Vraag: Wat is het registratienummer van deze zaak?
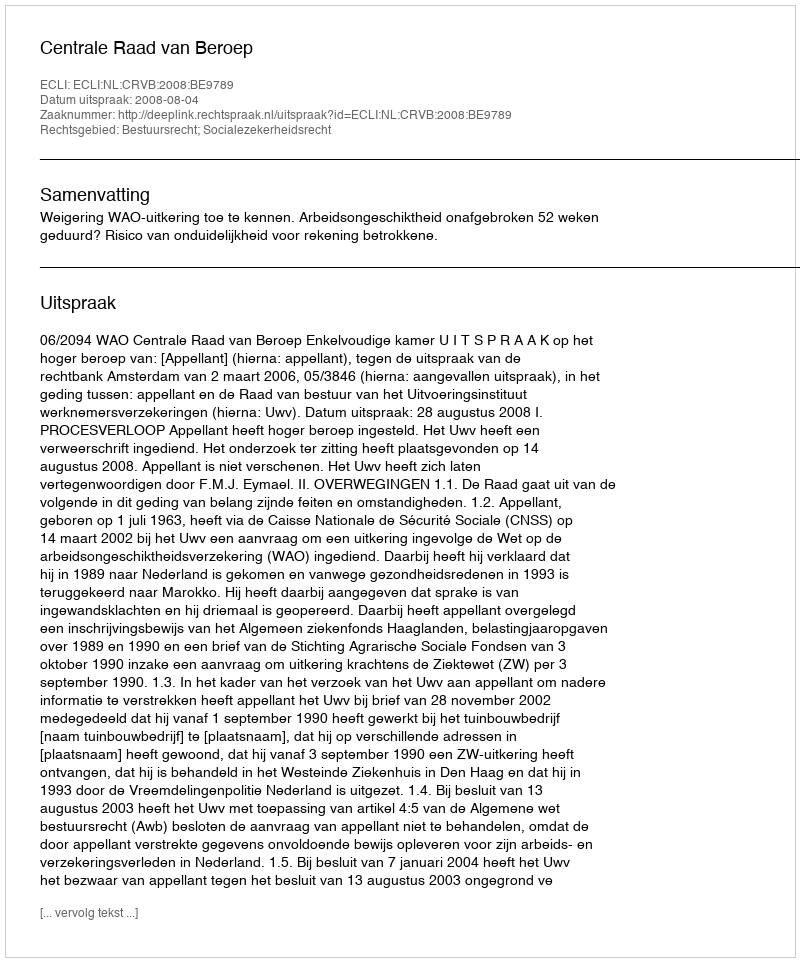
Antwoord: http://deeplink.rechtspraak.nl/uitspraak?id=ECLI:NL:CRVB:2008:BE9789